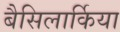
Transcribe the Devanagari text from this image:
बैसिलार्किया